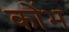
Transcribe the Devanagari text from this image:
कोंभ